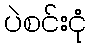
ပဲစင်းငုံ